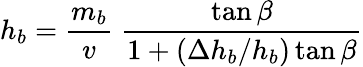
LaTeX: h_{b}=\frac{m_{b}}{v}\; \frac{\tan\beta}{1+(\Delta h_{b}/h_{b})\tan\beta}